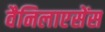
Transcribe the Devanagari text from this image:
वैनिलाएसेंस